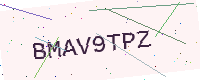
Text: BMAV9TPZ